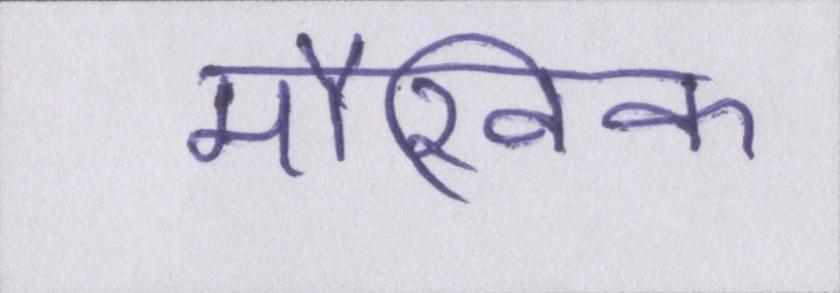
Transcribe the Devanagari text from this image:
मौखिक